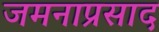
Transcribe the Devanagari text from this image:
जमनाप्रसाद